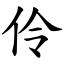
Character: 伶